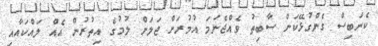
ކެނަބިސް ގެންގުޅޭކަން ސާބިތު ވެއްޖެނަމަ އުމުރަށް ޖަލަށް ލުމުގެ އިތުރުން އެއް ލައްކައާއި